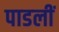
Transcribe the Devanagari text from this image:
पाडलीं